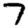
Digit: 7